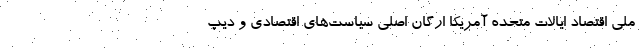
ملی اقتصاد ایالات متحده آمریکا ارگان اصلی سیاست‌های اقتصادی و دیپ